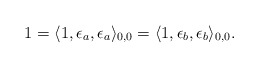
\begin{align*}1=\langle 1,\epsilon_a,\epsilon_a\rangle_{0,0}=\langle 1,\epsilon_b,\epsilon_b\rangle_{0,0}.\end{align*}